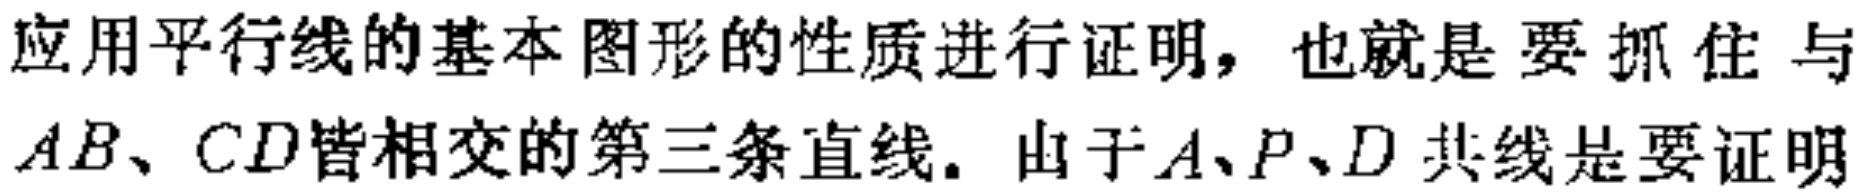
应用平行线的基本图形的性质进行证明，也就是要抓住与$AB、CD$皆相交的第三条直线。由于$A、P、D$ 共线是要证明